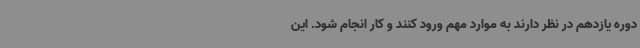
دوره یازدهم در نظر دارند به موارد مهم ورود کنند و کار انجام شود. این